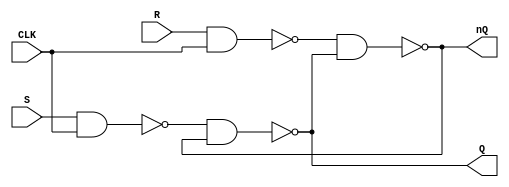
`timescale 1ns / 1ps

module srff(CLK, R, S, Q, nQ);

input CLK, R, S;
output Q, nQ;

assign Q = ~(~(S & CLK) & nQ);
assign nQ = ~(~(R & CLK) & Q);

endmodule